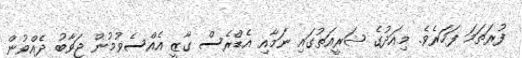
ފުރަތަމަ ފަހަރެވެ. މިއަދުގެ ޝަރީއަތުގައި ނަމާއި އެޑްރެސް ގާޒީ އެއްސެވުމުން ޖަވާބު ދެއްވުން